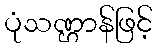
ပုံသဏ္ဌာန်ဖြင့်